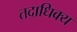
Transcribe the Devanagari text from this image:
तदाधिक्य